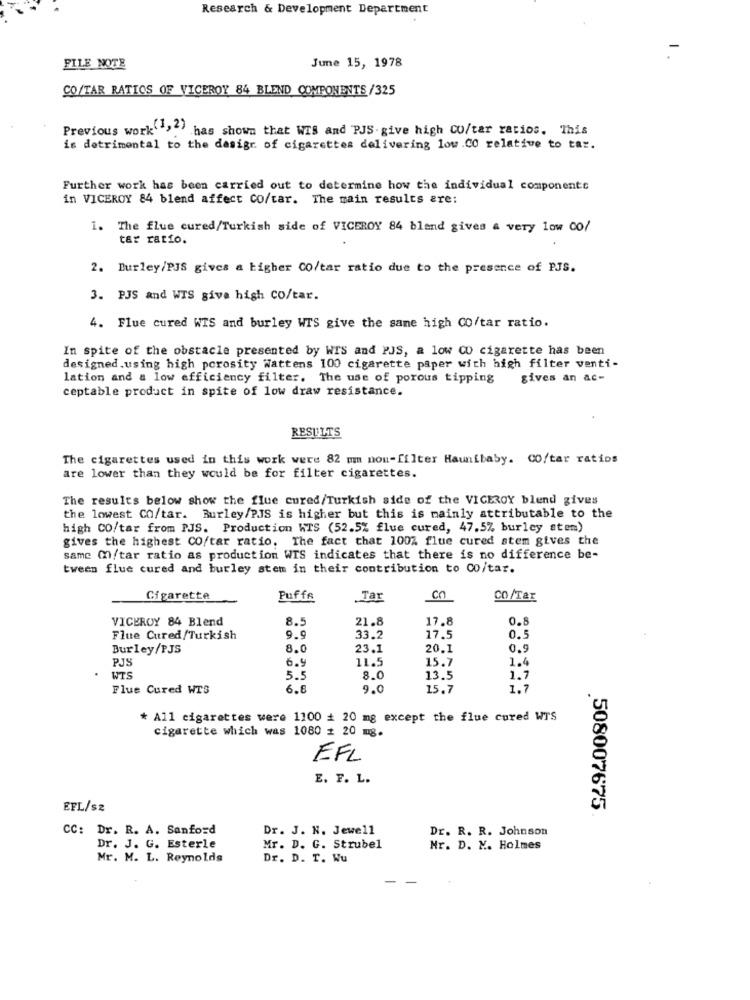
Research & Development Department
FILE NOTE
June 15, 1978
CO/TAR RATIOS OF VICEROY 84 BLEND COMPONENTS /325
Previous work">") has shown that WIS and PJS. give high CO/tar ratios. This
is detrimental to the dasigr of cigarettes delivering low .CO relative to tar.
Further work has been carried out to determine how the individual componente
in VICEROY 84 blend affect CO/tar. The main results are:
1. The flue cured/Turkish side of VICEROY 84 bland gives a very low Co/
tar ratio.
2. Burley/PJS gives a higher CO/tar ratio due to the presence of PJS.
3. PJS and WTS give high co/tar.
4. Flue cured WIS and burley WTS give the same high CO/tar ratio.
In spite of the obstacle presented by WIS and PJS, a low CU cigarette has been
designed.using high porosity Wattens 100 cigarette paper with high filter venti-
lation and a low efficiency filter. The use of porous tipping
gives an ac-
ceptable product in spite of low draw resistance.
RESULTS
The cigarettes used in this work were 82 mm nou-filter Haunibaby. CO/tar ratios
are lower than they would be for filter cigarettes.
The results below show the flue cured/Turkish side of the VICEROY blend gives
the lowest CO/tar. Burley/PJS is higher but this is mainly attributable to the
high CO/tar from PJS. Production WTS (52.5% flue cured, 47.5% burley stem)
gives the highest CO/tar ratio. The fact that 100% flue cured stem gives the
same m/tar ratio as production WIS indicates that there is no difference be-
tween flue cured and burley stem in their contribution to Co/tar.
Cigarette
Puffs
Tar
C
CO/Tax
VICEROY 84 Blend
21.8
17.8
0.8
Flue Cured/Turkish
33.2
17.5
Burley/PJS
8.0
23.1
20.1
0.9
PJS
6.9
11.5
15.7
1.4
WTS
5.5
8.0
13.5
1.7
Flue Cured WTS
6.6
9.0
15.7
1.7
* All cigarettes were 1100 # 20 mg except the flue cured WTS
cigarette which was 1080 # 20 mg.
EFL
E. F. L.
EFL/s2
508007675
CC: Dr. R. A. Sanford
Dr. J. N. Jewell
Dr. R. R. Johnson
Dr. J. G. Esterle
Mr. D. G. Strubel
Mr. D. M. Holmes
Mr. M. L. Reynolds
Dr. D. T. Wu